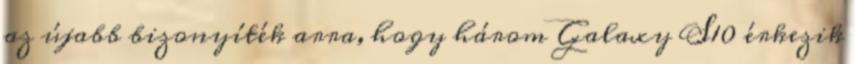
az újabb bizonyíték arra, hogy három Galaxy S10 érkezik